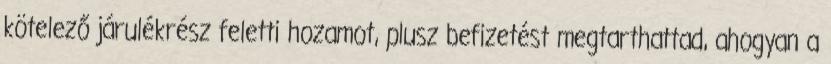
kötelező járulékrész feletti hozamot, plusz befizetést megtarthattad, ahogyan a